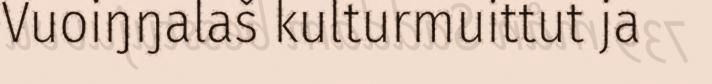
Vuoiŋŋalaš kulturmuittut ja